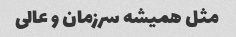
مثل همیشه سرزمان و عالی